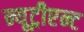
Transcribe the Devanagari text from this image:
न्यूट्रीएन्ट